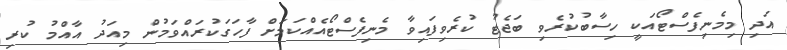
އަދި މިމެނިފެސްޓޯއަކީ ހިސާބުކުރެވި ބަޖެޓު ކުރެވިފައިވާ މެނިފެސްޓޯއެއްކަމަށް ފާހަގަކުރައްވަމުން މިއަދު އާއްމު ކުރި